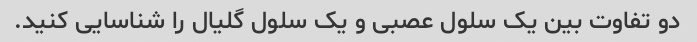
دو تفاوت بین یک سلول عصبی و یک سلول گلیال را شناسایی کنید.